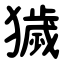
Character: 獩